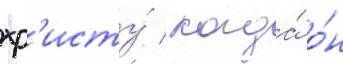
хр'исту́ / когда́ о́н